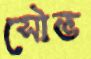
সৌভ